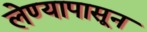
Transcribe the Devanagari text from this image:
लेण्यापासून